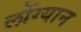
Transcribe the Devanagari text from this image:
लोंग्यान